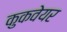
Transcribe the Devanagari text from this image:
कुकवेयर